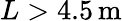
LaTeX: L>4.5\, \mathrm{m}